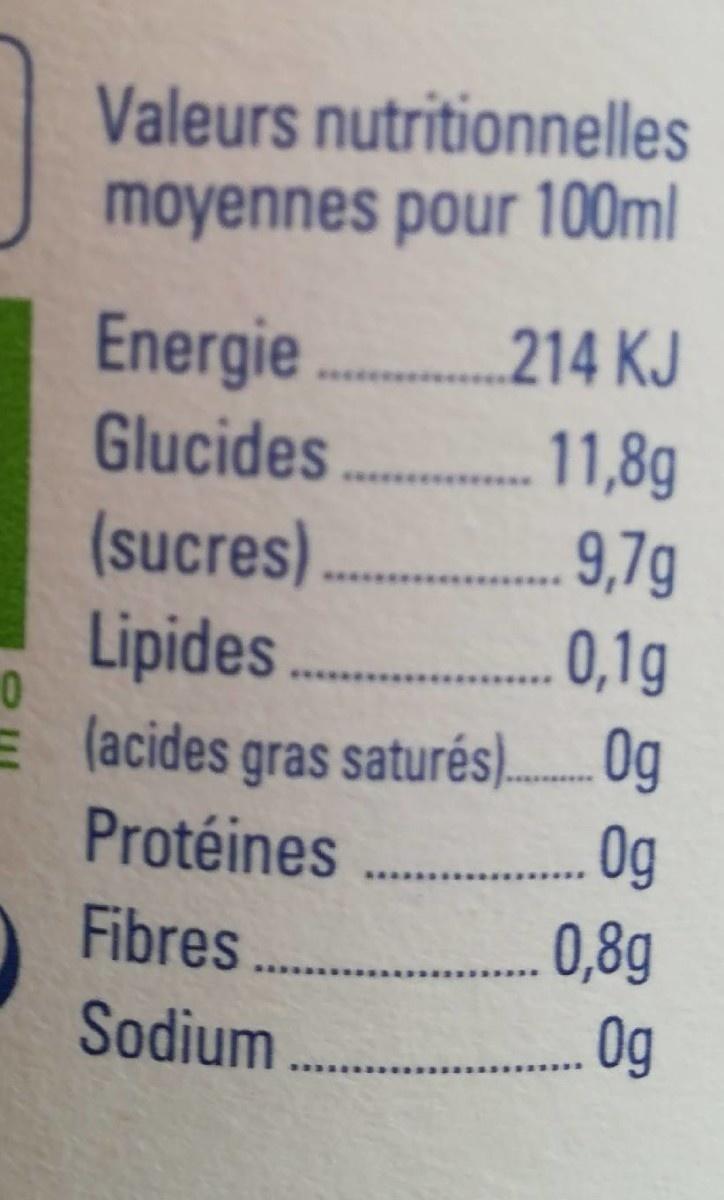
Valeurs nutritionnelles moyennes pour 100ml
Energie Glucides
214 KJ
11,8g 9,7g
(sucres) Lipides E (acides gras saturés). 0g Protéines
0,1g
0g
Fibres
0,8g
Sodium